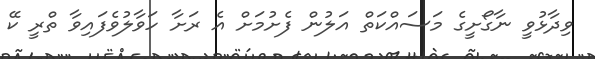
ވިދާޅުވީ ނާގޯށީގެ މަސައްކަތް އަލުން ފެށުމަށް އެ ރަށާ ހަވާލުވެފައިވާ ތްރީ ކޭ